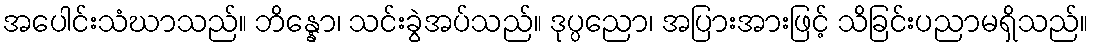
အပေါင်းသံဃာသည်။ ဘိန္နော၊ သင်းခွဲအပ်သည်။ ဒုပ္ပညော၊ အပြားအားဖြင့် သိခြင်းပညာမရှိသည်။